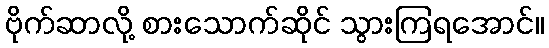
ဗိုက်ဆာလို့ စားသောက်ဆိုင် သွားကြရအောင်။